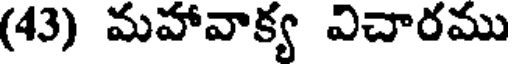
(43) మహావాక్య విచారము